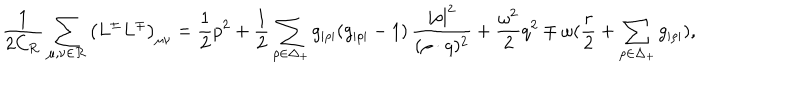
LaTeX: { \frac { 1 } { 2 C _ { \cal R } } } \sum _ { \mu , \nu \in { \cal R } } \left( L ^ { \pm } L ^ { \mp } \right) _ { \mu \nu } = { \frac { 1 } { 2 } } p ^ { 2 } + { \frac { 1 } { 2 } } \sum _ { \rho \in \Delta _ { + } } g _ { | \rho | } ( g _ { | \rho | } - 1 ) \, { \frac { | \rho | ^ { 2 } } { ( \rho \cdot q ) ^ { 2 } } } + { \frac { \omega ^ { 2 } } { 2 } } q ^ { 2 } \mp \omega ( { \frac { r } { 2 } } + \sum _ { \rho \in \Delta _ { + } } g _ { | \rho | } ) ,